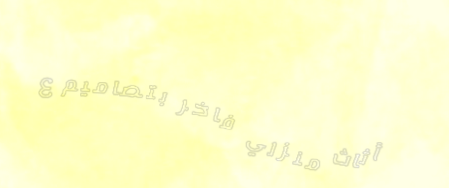
أثاث منزلي فاخر بتصاميم ع